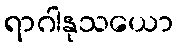
ရာဂါနုသယော